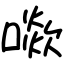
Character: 㗵